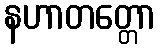
နဟာတတ္တော